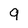
Character: 9